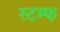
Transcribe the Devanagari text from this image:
स्टम्फ